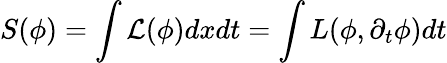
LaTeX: S(\phi)=\int{\mathcal{L}}(\phi)dxdt=\int L(\phi,\partial_{t}\phi)dt